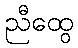
ညီထွေ